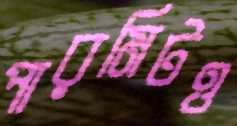
পারমিটও